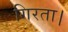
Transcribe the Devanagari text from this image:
गिरता।